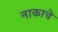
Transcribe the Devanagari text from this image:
नाकाचे